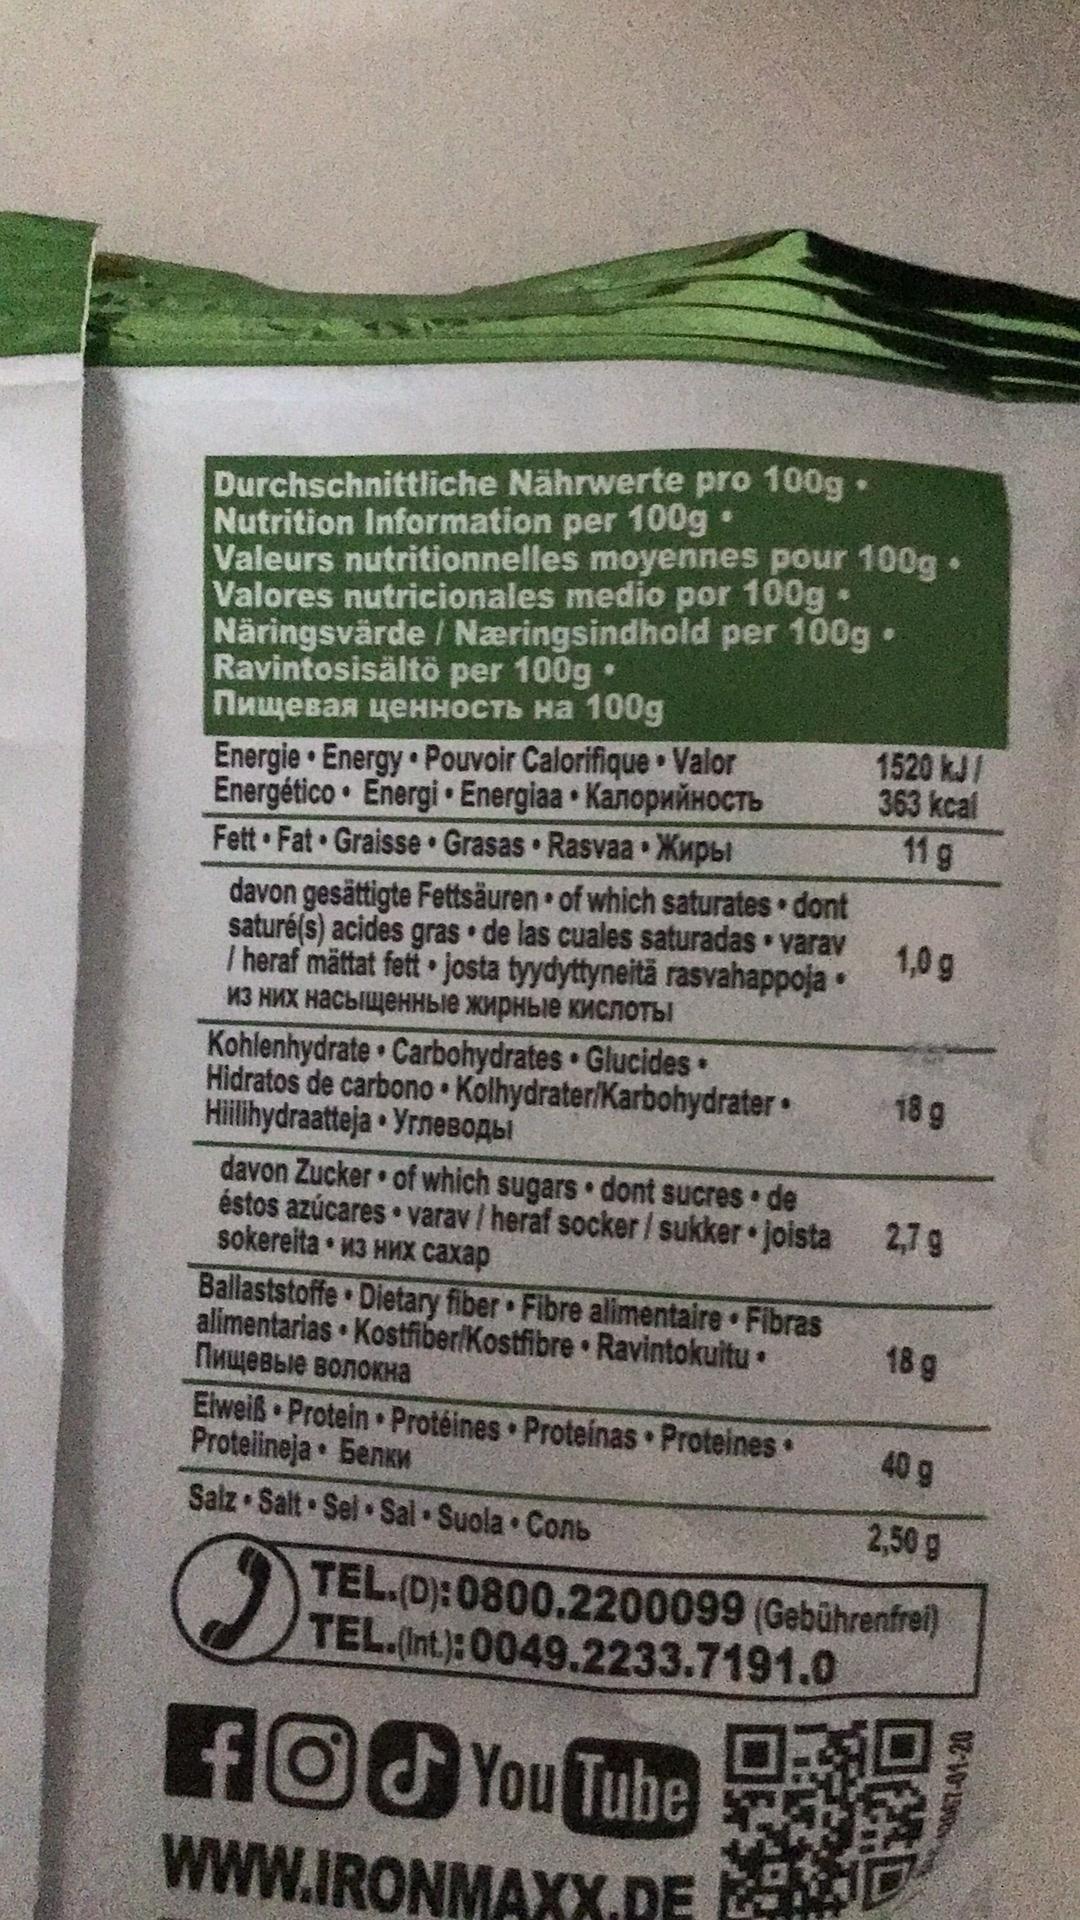
Durchschnittliche Nährwerte pro 100g. Nutrition Information per 100g Valeurs nutritionnelles moyennes pour 100g• Valores nutricionales medio por 100g Näringsvärde / Næringsindhold per 100g• Ravintosisältö per 100g • Пищевая ценность на 100g
Energie Energy Pouvoir Calorifique Valor Energético Energi Energiaa KanopwňHOCTb Fett Fat Graisse Grasas Rasvaa • Xupbi davon gesättigte Fettsäuren • of which saturates dont saturé(s) acides gras • de las cuales saturadas varav I heraf mättat fett josta tyydyttyneitä rasvahappoja • Из них насыщенные жирные кислоты
1520 kJ/ 363 kcal
11 g
1,0 g
Kohlenhydrate • Carbohydrates Glucides Hidratos de carbono Kolhydrater/Karbohydrater• Hillihydraatteja • YrneBoAbi davon Zucker • of which sugars • dont sucres de éstos azúcares • varav / heraf socker / sukker • joista 2,7 g sokereita • 13 HMX caxap
18 g
Ballaststoffe Dietary fiber Fibre alimentaire Fibras alimentarias Kostfiber/Kostfibre • Ravintokuitu • Пищевые волокна
18 g
Elweiß Protein Protéines Proteinas Proteines • Proteiineja • Benkw Salz Salt Sel Sal Suola Conb
40 g
2,50 g
TEL.(D):0800.2200099 (Gebührenfrei) TEL.(int.): 0049.2233.7191.0
fOd You Tube
wwW.IRONMAXX.DE